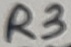
Text: R3